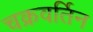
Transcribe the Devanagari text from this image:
चक्रवर्तिन